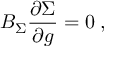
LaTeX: B _ { \Sigma } \frac { \partial \Sigma } { \partial g } = 0 \; ,